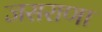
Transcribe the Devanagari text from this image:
जसराणा